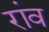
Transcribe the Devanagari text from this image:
रांव